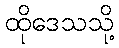
ထိုဒေသသို့